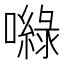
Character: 𡂎